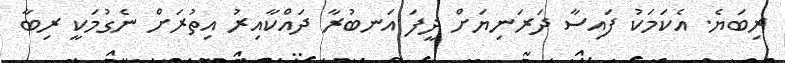
ރިބަޔެ. އެކަމަކު ފައިސާ ދަރަނިޔަށް ދީފަ އަނބުރާ ދައްކާއިރު އިތުރަށް ނެގުމަކީ ރިބާ